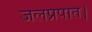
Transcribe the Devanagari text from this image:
जलप्रपात।